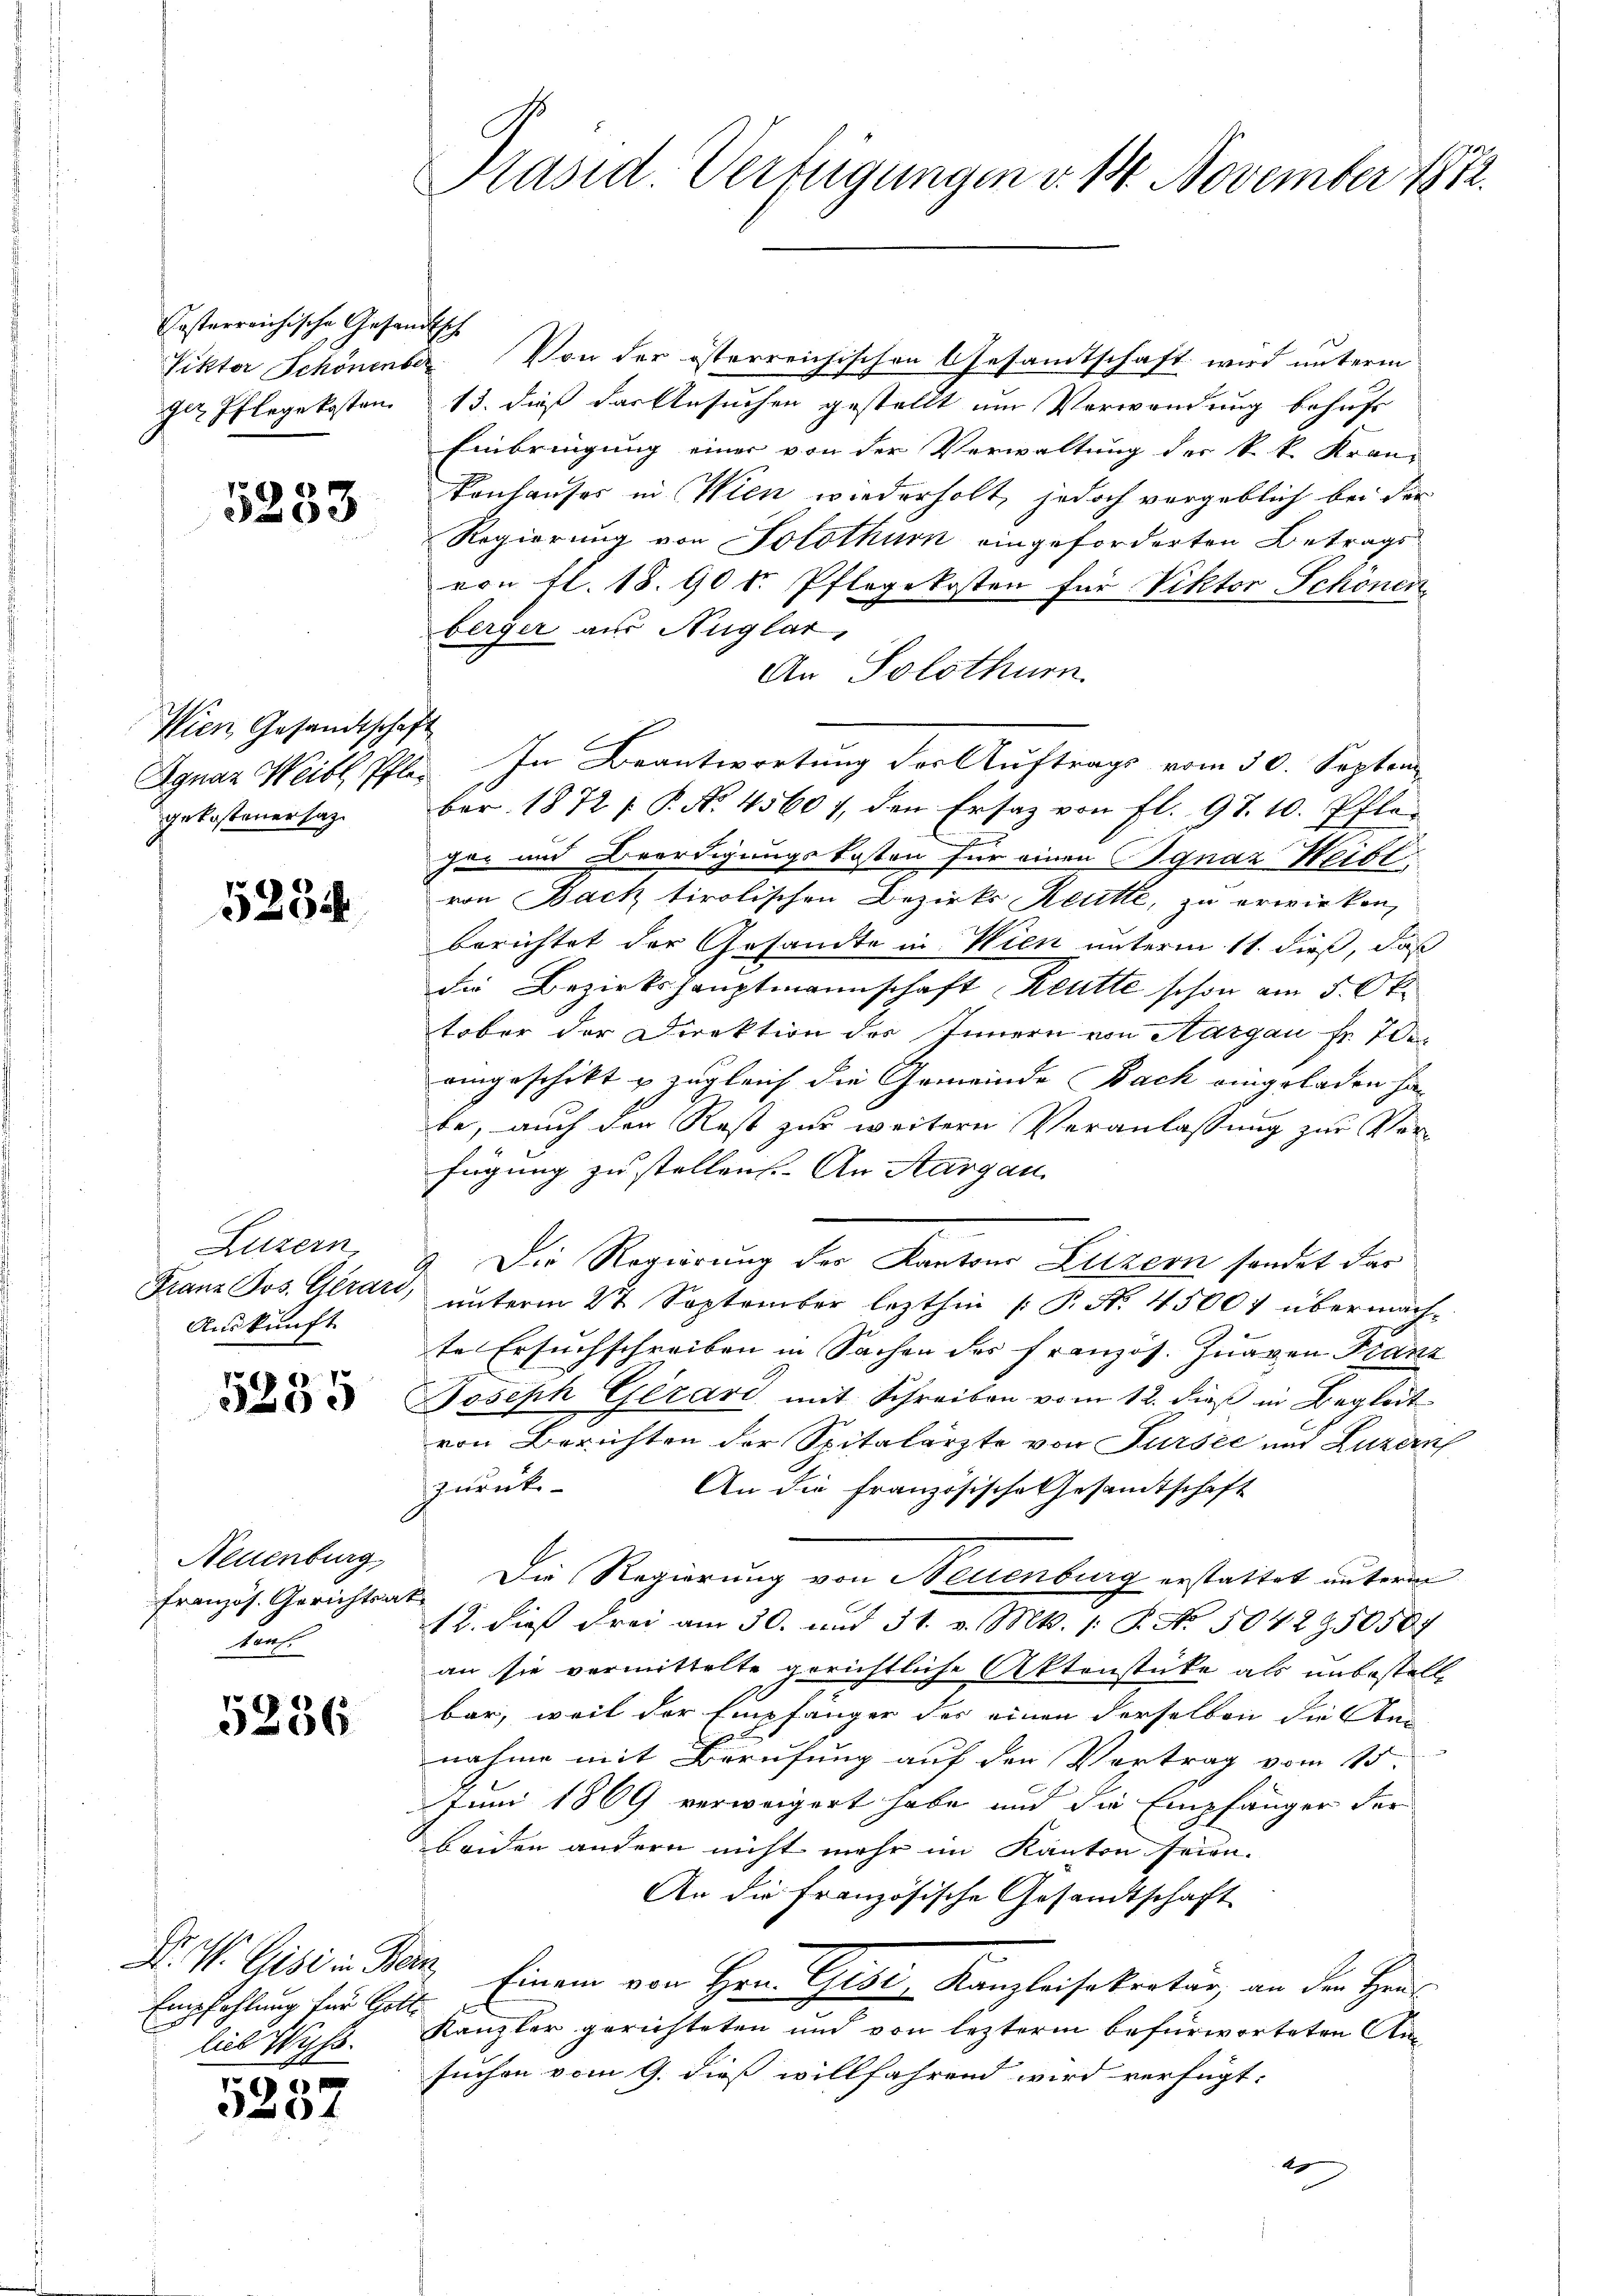
Ersterreichische Gesandtsche
Pikter Schönenber

5233

Wien Gesandtschaft
gekostener sage

5234

Luzern,
Franz Jos. Gerari,
Auskunft

.
5205

Neuenburg,
französ. Gerichtsa
tauf.

5286

Empfehlung für Gott.

5237

C

Präsid. Verfügungen v. 14. November 1872.

Von der österreichischen Gesamtschaft wird unterm
 Pflegekosten 13. dieß das Ansuchen gestellt um Verwendung behufs
Einbringung einer von der Verwaltung des k. k. Kran-
konhauses in Wien wiederholt, jedoch vergeblich bei der
Regierung von Solothurn eingeforderten Betrags
von fl. 18. 90 S. Pflegekosten für Viktor Schönen,
berger aus Auglar,
An Solothur.
Agnaz Weibl Pfle. In Beantwortung der Auftrags vom 30. Septem
ber 1872 f. P. No. 45601, den Ersatz von fl. 97. 10. Pfleger und Beerdigungskosten für einen Ignaz Heibl
von Back tirolischen Bezirks Reutte, zu erwirken,
berichtet der Gesandte in Wien unterm 11. dieß, daß
die Bezirkshauptmannschaft Reutte schon am 5. Oktober der Direktion des Innern von Aargau Fr. 7 de
eingeschikt u. zugleich die Gemeinde Bach eingeladen ha
be, auch den Rest zur weitern Veranlassung zur Vorfügung zu stellen. An Aargau
Die Regierung der Kantons Luzern sondet das
unterm 27. September lezthin [P. Nr. 45004 übermachte Ersuchschreiben in Sachen des französ. Jungen Franz
Joseph Girard mit Schreiben vom 12. dieß in Begleit
von Berichten der Spitalärzte von Sursee und Luzern
zurück-
An die französische Gesamtschaft
Die Regierung von Neuenburg erstattet unterm
12. dieß drei am 30. und 31. v. Mts. 1. P. No. 5042950507
an sie vermittelte gerichtliche Aktenstücke als unbestellbar, weil der Empfänger des einen derselben die An-
nahme mit Berufung auf den Vortrag vom 15.
Juni 1869 verweigert habe und die Empfänger der
beiden andern nicht mehr im Kanton seien.
An die Französische Gesandtschaft
Dr. W. Gisi in Benz Einem von Hrn. Gisi, Kanzleisekertag an den Her
lieb Wiß. Kanzler gerichteten und von lezterm befürworteten Ansuchen vom 9. dieß willfährend wird verfügt:
4